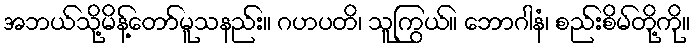
အဘယ်သို့မိန့်တော်မူသနည်း။ ဂဟပတိ၊ သူကြွယ်။ ဘောဂါနံ၊ စည်းစိမ်တို့ကို။